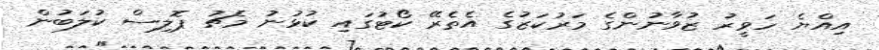
އިއްޔެ ހަވީރު ޒުވާނުންގެ މަރުކަޒުގެ އެތެރޭ ކޯޓުގައި ކުޅުނު މެޗު ޕޮލިސް ކުލަބުން